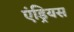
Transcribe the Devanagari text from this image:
एंड्रियस